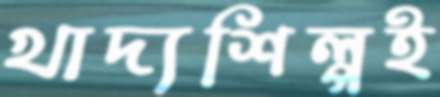
খাদ্যশিল্পই